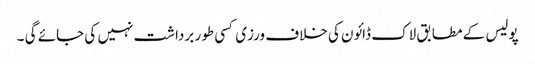
پولیس کے مطابق لاک ڈائون کی خلاف ورزی کسی طور برداشت نہیں کی جائے گی ۔